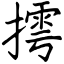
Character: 摴